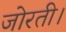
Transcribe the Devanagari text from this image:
जोरती।